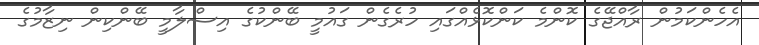
އެހެންކަމުން ރާއްޖޭގެ ކޮންމެ ކަންކޮޅެއްގައި ހުރެގެން ގައުމީ ބޭންކުގެ އިސްލާމީ ބޭންކިން ނިޒާމުގެ